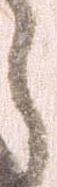
う